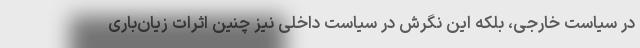
در سیاست خارجی، بلکه این نگرش در سیاست داخلی نیز چنین اثرات زیان‌باری